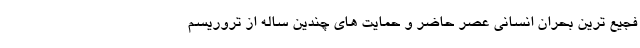
فجیع ترین بحران انسانی عصر حاضر و حمایت های چندین ساله از تروریسم